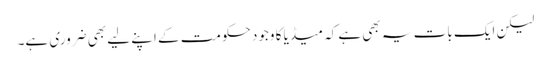
لیکن ایک بات یہ بھی ہے کہ میڈیا کا وجود حکومت کے اپنے لیے بھی ضروری ہے۔